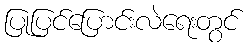
ပြုပြင်ပြောင်းလဲရေးတွင်